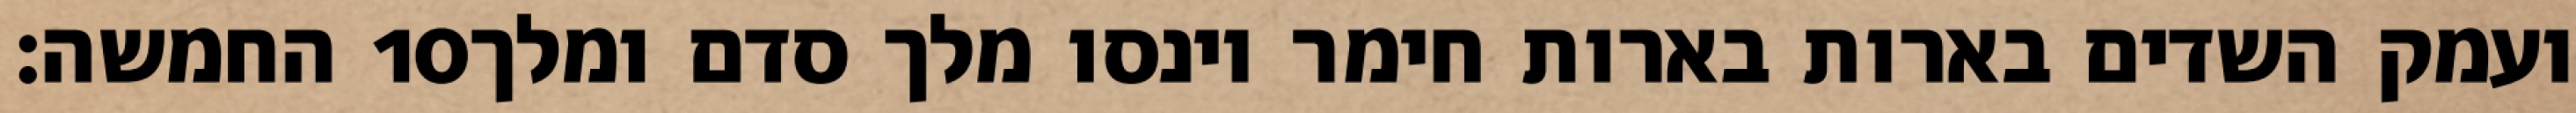
החמשה׃ ‎10‏ ועמק השדים בארות בארות חימר וינסו מלך סדם ומלך